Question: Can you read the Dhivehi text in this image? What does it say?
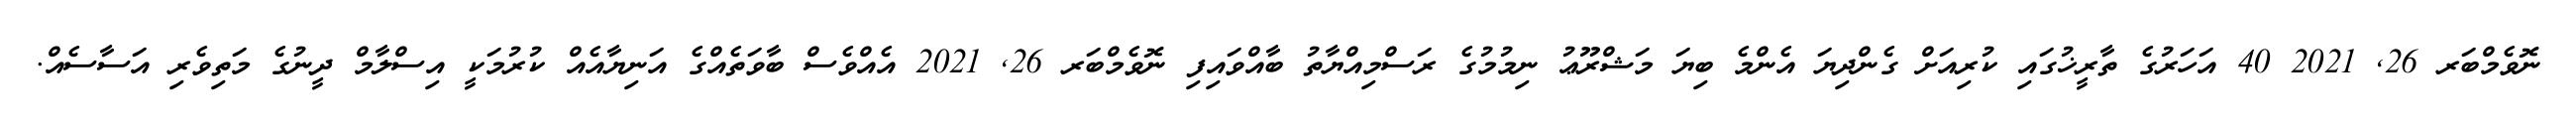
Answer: ނޮވެމްބަރ 26, 2021 40 އަހަރުގެ ތާރީޚުގައި ކުރިއަށް ގެންދިޔަ އެންމެ ބިޔަ މަޝްރޫޢު ނިމުމުގެ ރަސްމިއްޔާތު ބާއްވައިފި ނޮވެމްބަރ 26, 2021 އެއްވެސް ބާވަތެއްގެ އަނިޔާއެއް ކުރުމަކީ އިސްލާމް ދީނުގެ މަތިވެރި އަސާސެއް.